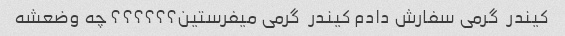
کیندر  گرمی سفارش دادم کیندر  گرمی میفرستین؟؟؟؟؟؟ چه وضعشه